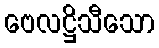
ဗေလဋ္ဌိသီသော